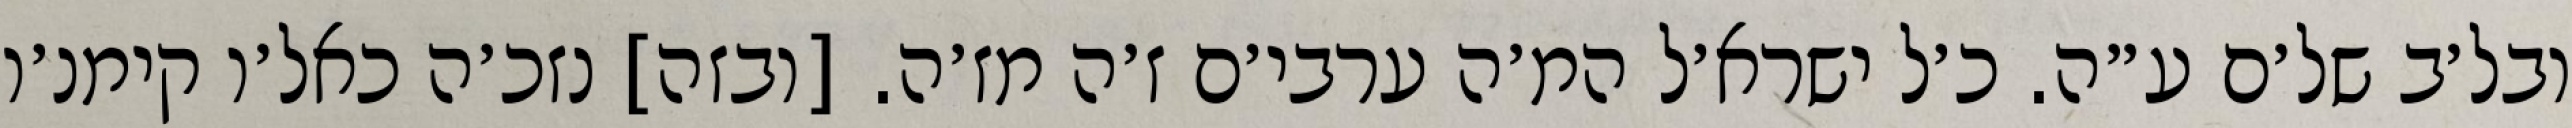
ובל׳ב של׳ם ע״ה. כ׳ל ישרא׳ל המ׳ה ערבי׳ם ז׳ה מז׳ה. [ובזה] נזכ׳ה כאל׳ו קימנ׳ו